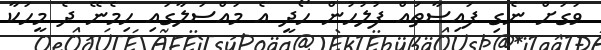
ވަގަށް ނެގި ފައިސާތައް ފުލުހުން ހޯދީ އެ މައްސަލާގައި ހިމެނޭ ދެ މީހަކާ